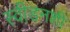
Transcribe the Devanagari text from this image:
स्वीडनशी